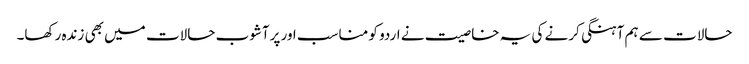
حالات سے ہم آہنگی کرنے کی یہ خاصیت نے اردو کو مناسب اور پرآشوب حالات میں بھی زندہ رکھا۔